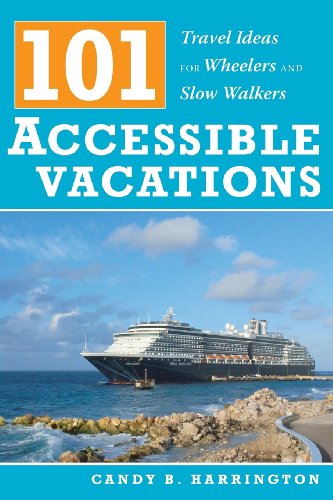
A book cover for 101 Accessible Vacations: Travel Ideas for Wheelers and Slow Walkers; Candy Harrington; Travel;